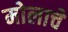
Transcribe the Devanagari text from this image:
मोलाचेे